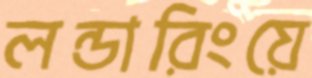
লন্ডারিংয়ে